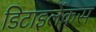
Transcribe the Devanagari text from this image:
डिटाइलेंकस